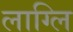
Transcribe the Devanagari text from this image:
लाग्लि